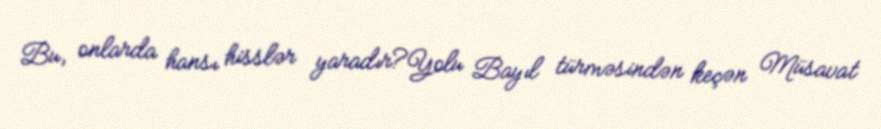
Bu, onlarda hansı hisslər yaradır?Yolu Bayıl türməsindən keçən Müsavat